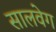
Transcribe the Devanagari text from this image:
सालवेग